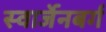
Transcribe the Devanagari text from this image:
स्वार्जेनबर्ग